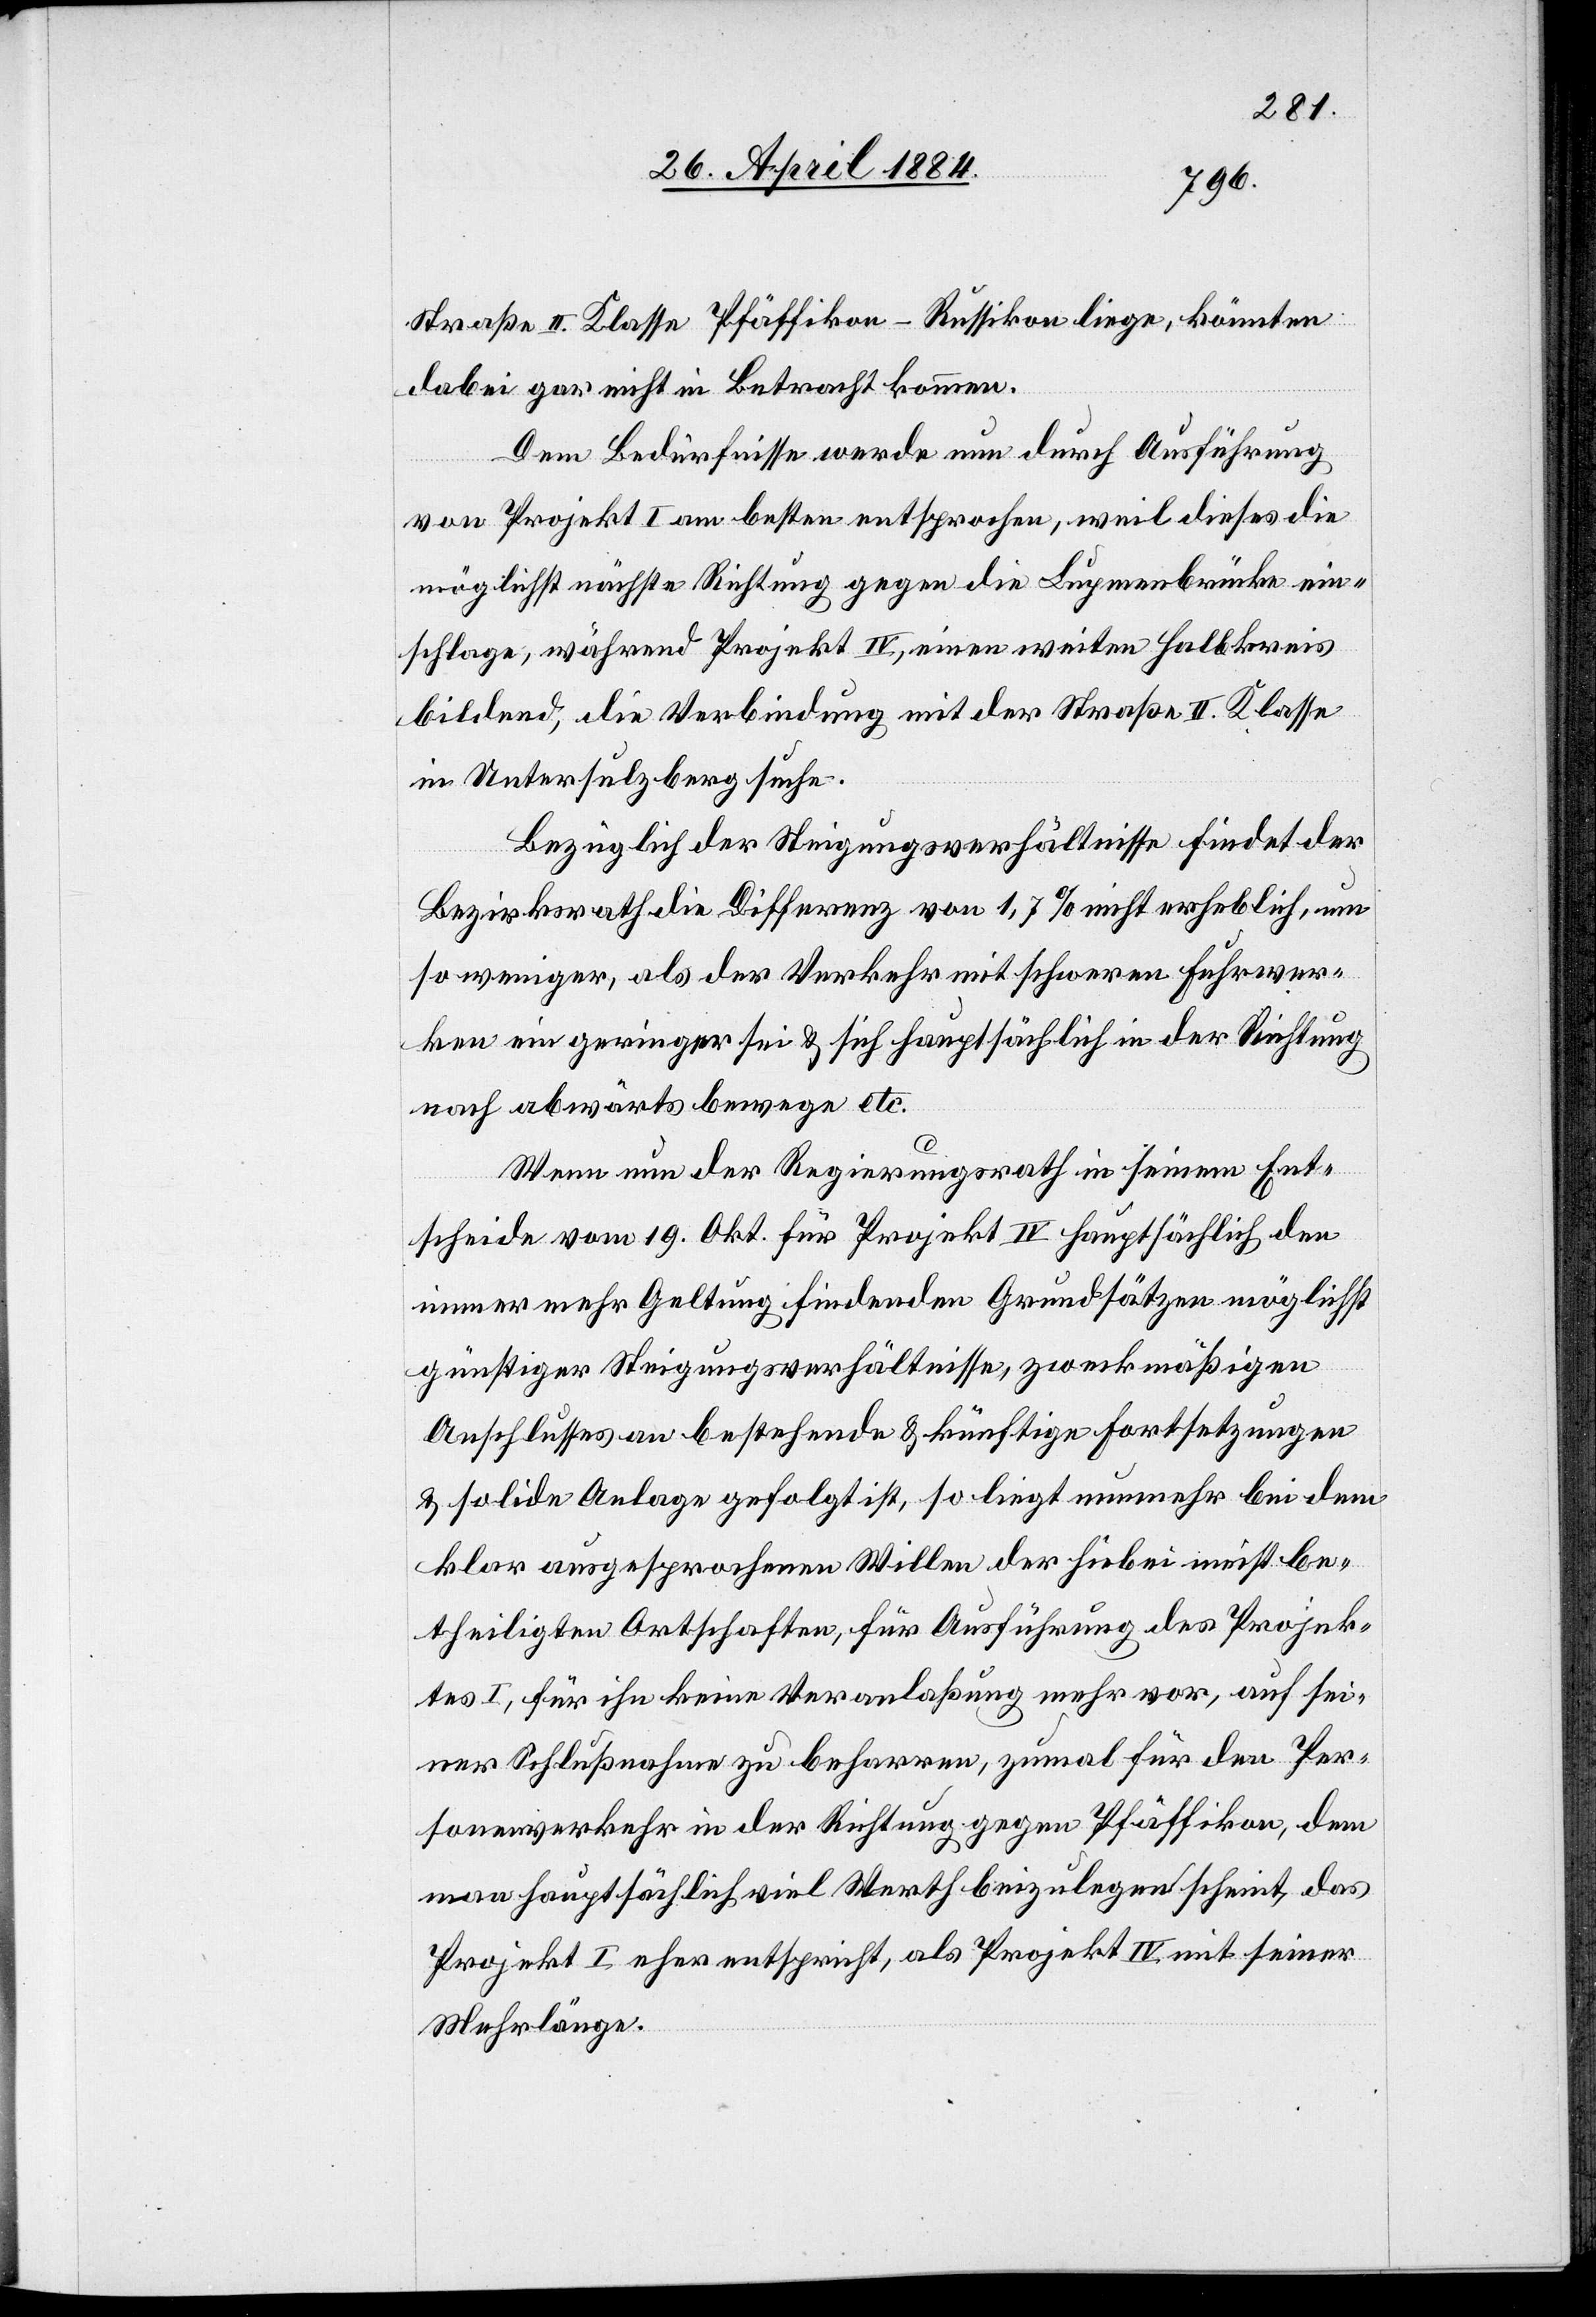
Straße II. Klasse Pfäffikon–Russikon liege, könnten
dabei gar nicht in Betracht kommen.
Dem Bedürfnisse werde nun durch Ausführung
von Projekt I am besten entsprochen, weil dieses die
möglichst nächste Richtung gegen die Lupmenbrücke ein¬
schlage, während Projekt IV, einen weiten Halbkreis
bildend, die Verbindung mit der Straße II. Klasse
in Untersulzberg suche.
Bezüglich der Steigungsverhältnisse findet der
Bezirksrath die Differenz von 1,7% nicht erheblich, um
so weniger, als der Verkehr mit schweren Fuhrwer¬
ken ein geringer sei & sich hauptsächlich in der Richtung
nach abwärts bewege etc.
Wenn nun der Regierungsrath in seinem Ent¬
scheide vom 19. Okt. für Projekt IV hauptsächlich den
immer mehr Geltung findenden Grundsätzen möglichst
günstiger Steigungsverhältnisse, zweckmäßigen
Anschlusses an bestehende & künftige Fortsetzungen
& solide Anlage gefolgt ist, so liegt nunmehr bei dem
klar ausgesprochenen Willen der hiebei meist be¬
theiligten Ortschaften, für Ausführung des Projek¬
tes I, für ihn keine Veranlaßung mehr vor, auf sei¬
ner Schlußnahme zu beharren, zumal für den Per¬
sonenverkehr in der Richtung gegen Pfäffikon, dem
man hauptsächlich viel Werth beizulegen scheint, das
Projekt I eher entspricht, als Projekt IV mit seiner
Mehrlänge.